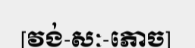
[វង់-សៈ-ភោច]